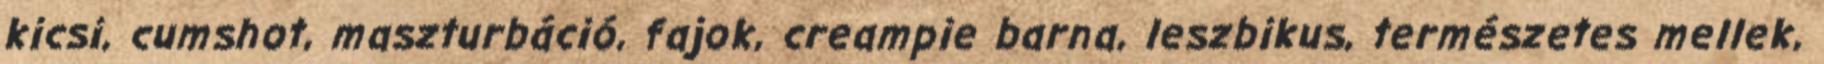
kicsi, cumshot, maszturbáció, fajok, creampie barna, leszbikus, természetes mellek,